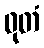
ဓုတံ